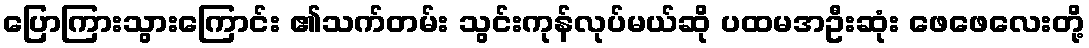
ပြောကြားသွားကြောင်း ၏သက်တမ်း သွင်းကုန်လုပ်မယ်ဆို ပထမအဦးဆုံး ဖေဖေလေးတို့